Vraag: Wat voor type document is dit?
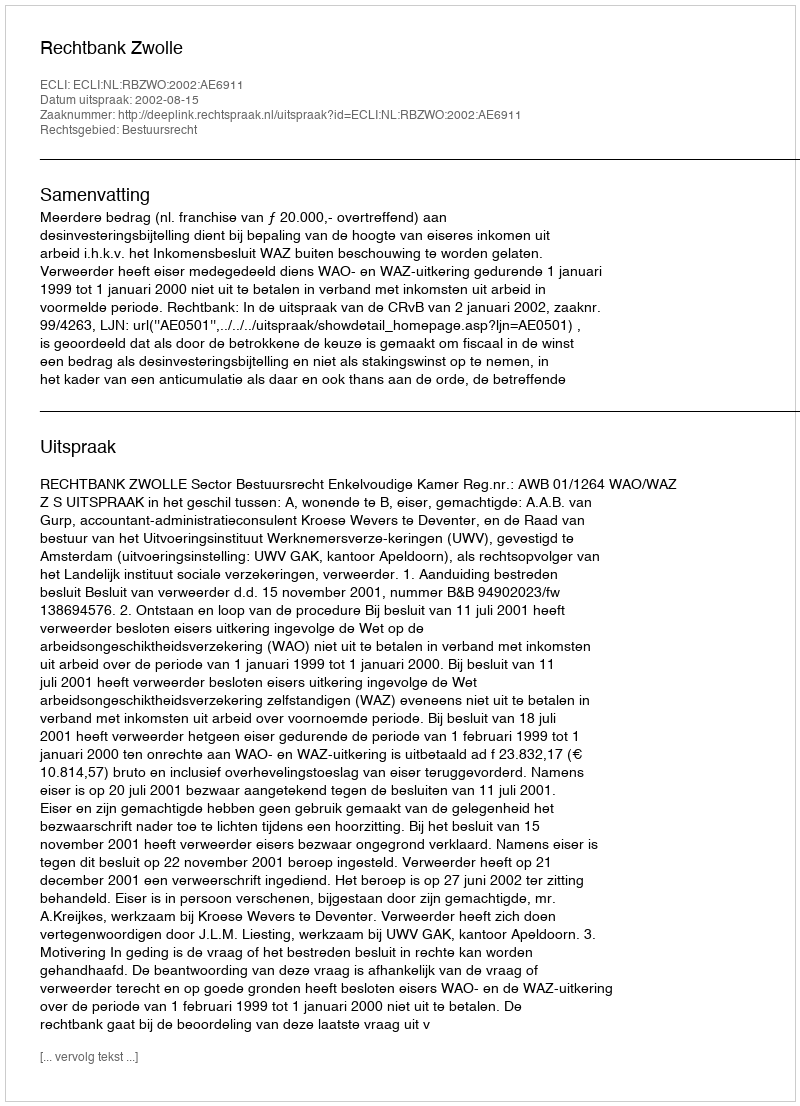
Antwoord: Uitspraak